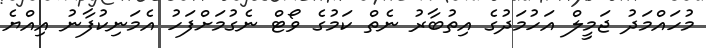
މުހައްމަދު ޖަމީލް އަހުމަދުގެ އިތުބާރު ނެތް ކަމުގެ ވޯޓް ނެގުމަށްފަހު އެމަނިކުފާނު އިއްޔެ